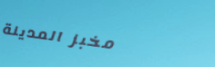
مخبز المدينة